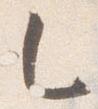
乙